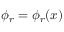
\phi _ { r } = \phi _ { r } ( x )